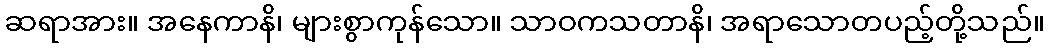
ဆရာအား။ အနေကာနိ၊ များစွာကုန်သော။ သာဝကသတာနိ၊ အရာသောတပည့်တို့သည်။